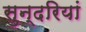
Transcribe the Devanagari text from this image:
सुन्दरियां